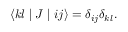
\langle k l \mid J \mid i j \rangle = \delta _ { i j } \delta _ { k l } .